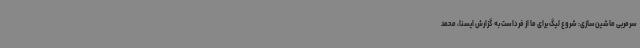
سرمربی ماشین‌سازی: شروع لیگ برای ما از فرداست به گزارش ایسنا، محمد